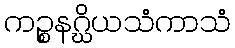
ကဉ္စနဂ္ဃိယသံကာသံ